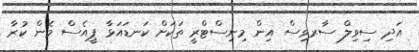
އަދި ސިވިލް ސާރވިސް އިން މިނިސްޓްރީ ތަކަށް ކަނޑައަޅާ ޕީއެސް މެން ކުރާ